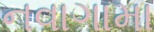
નવાગામા